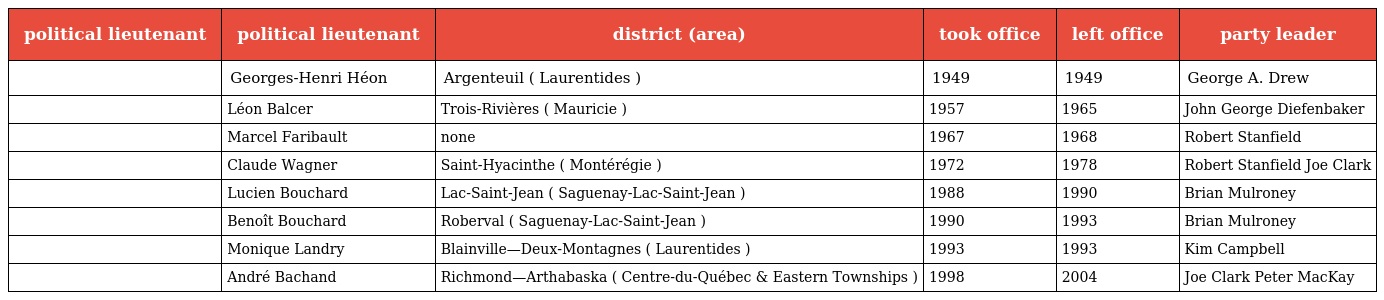
| political lieutenant | political lieutenant | district (area) | took office | left office | party leader |
 | --- | --- | --- | --- | --- | --- |
 |  | Georges-Henri Héon | Argenteuil ( Laurentides ) | 1949 | 1949 | George A. Drew |
 |  | Léon Balcer | Trois-Rivières ( Mauricie ) | 1957 | 1965 | John George Diefenbaker |
 |  | Marcel Faribault | none | 1967 | 1968 | Robert Stanfield |
 |  | Claude Wagner | Saint-Hyacinthe ( Montérégie ) | 1972 | 1978 | Robert Stanfield Joe Clark |
 |  | Lucien Bouchard | Lac-Saint-Jean ( Saguenay-Lac-Saint-Jean ) | 1988 | 1990 | Brian Mulroney |
 |  | Benoît Bouchard | Roberval ( Saguenay-Lac-Saint-Jean ) | 1990 | 1993 | Brian Mulroney |
 |  | Monique Landry | Blainville—Deux-Montagnes ( Laurentides ) | 1993 | 1993 | Kim Campbell |
 |  | André Bachand | Richmond—Arthabaska ( Centre-du-Québec & Eastern Townships ) | 1998 | 2004 | Joe Clark Peter MacKay |